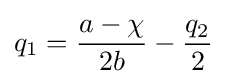
q_{1}={\frac {a-\chi }{2b}}-{\frac {q_{2}}{2}}